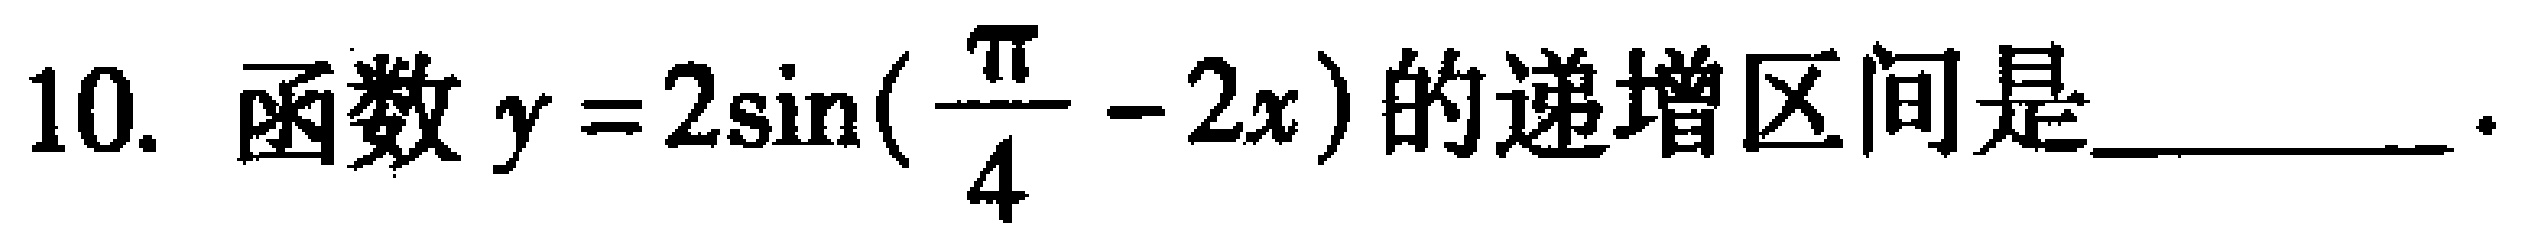
10. 函数\(y = 2\sin(\frac{\pi}{4}-2x)\)的递增区间是  。